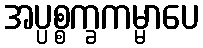
အပ္ပစ္စက္ခကမ္မာပေ